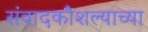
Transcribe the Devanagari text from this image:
संवादकौशल्याच्या